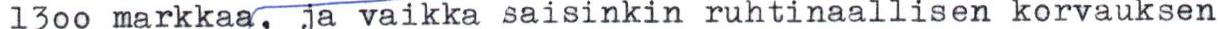
1300 markkaa, ja vaikka saisinkin ruhtinaallisen korvauksen